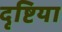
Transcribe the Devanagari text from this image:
दृष्टिया